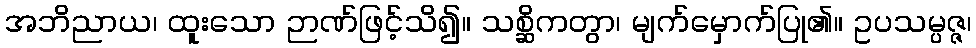
အဘိညာယ၊ ထူးသော ဉာဏ်ဖြင့်သိ၍။ သစ္ဆိကတွာ၊ မျက်မှောက်ပြု၏။ ဥပသမ္ပဇ္ဇ၊